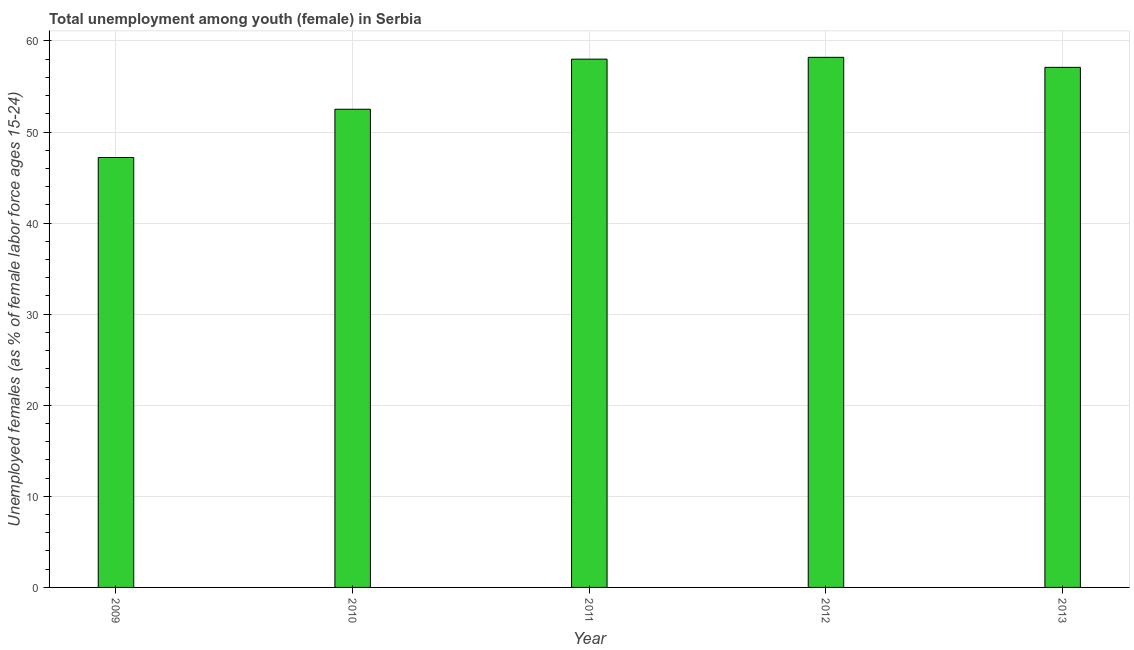
| Year | Unemployment |
 | --- | --- |
 | 2009 | 47.2 |
 | 2010 | 52.5 |
 | 2011 | 58 |
 | 2012 | 58.2 |
 | 2013 | 57.1 |